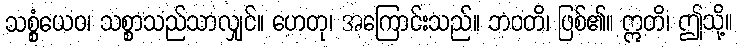
သစ္စံယေဝ၊ သစ္စာသည်သာလျှင်။ ဟေတု၊ အကြောင်းသည်။ ဘဝတိ၊ ဖြစ်၏။ ဣတိ၊ ဤသို့။